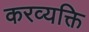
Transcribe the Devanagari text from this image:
करव्यक्ति